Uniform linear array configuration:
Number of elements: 48
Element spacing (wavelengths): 1
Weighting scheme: cosine
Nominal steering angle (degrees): -30
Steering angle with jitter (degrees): -28.639
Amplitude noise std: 0.05
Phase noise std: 0.05

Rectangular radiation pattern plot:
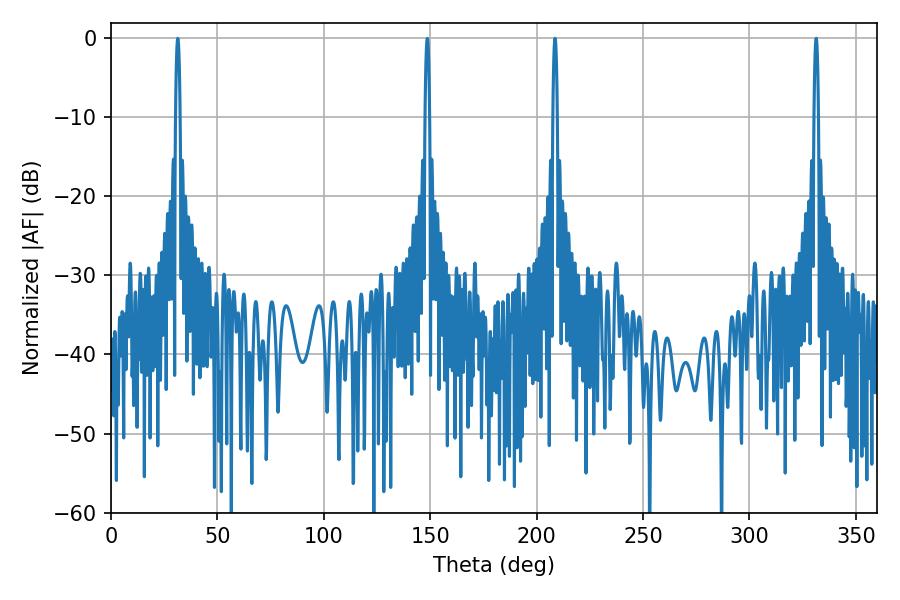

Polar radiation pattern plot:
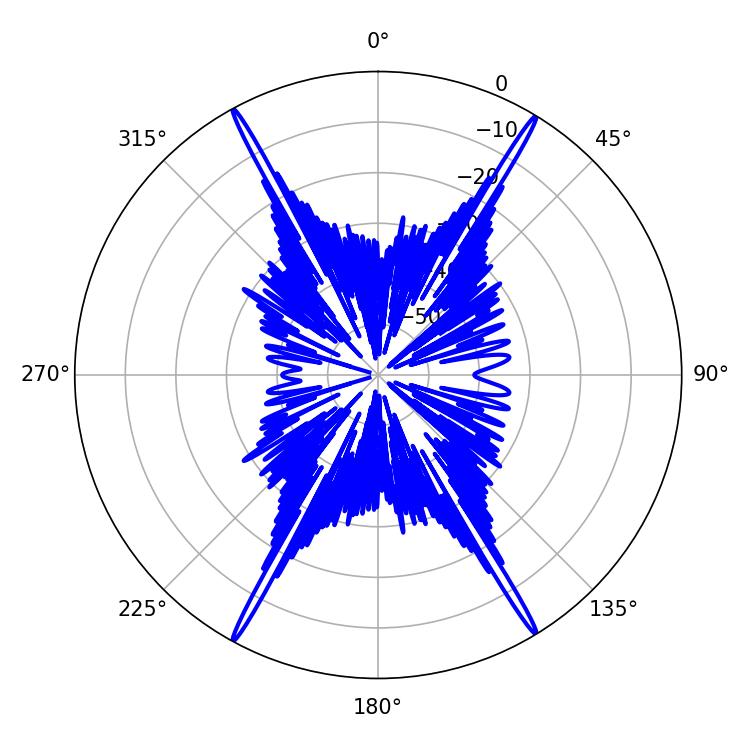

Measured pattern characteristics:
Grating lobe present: TRUE
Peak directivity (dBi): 28.661
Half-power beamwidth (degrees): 1.08
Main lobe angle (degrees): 331.38